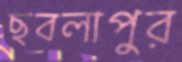
ছবলাপুর